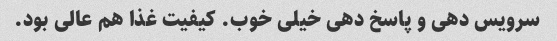
سرویس دهی و پاسخ دهی خیلی خوب. کیفیت غذا هم عالی بود.